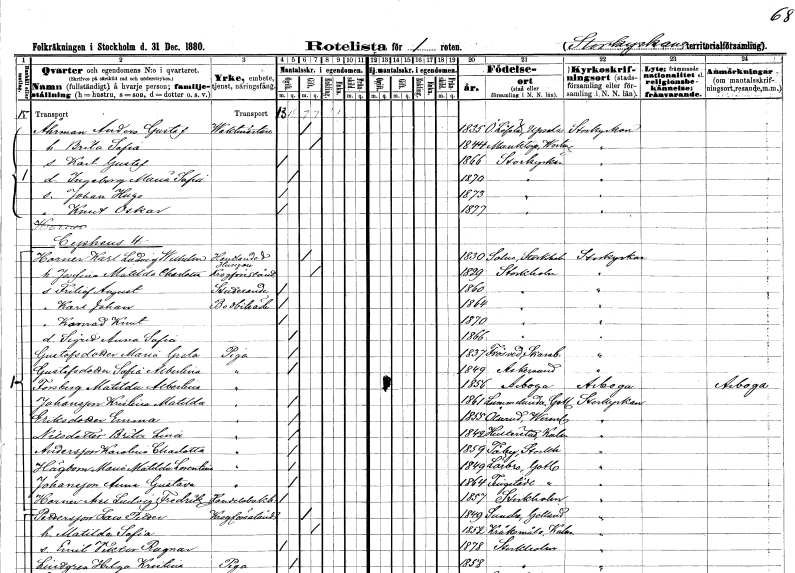
gt_parse: households: individuals: FN: Anders Gustaf
EN: Åhrman
YRKE: Vaktmästare
KON: M
CIV: G
FODAR: 1832
FODFORS: Österlövsta Uppsala län
FN: Brita Sofia
KON: K
CIV: G
FODAR: 1844
FODFORS: Munktorp Västmanlands län
FN: Karl Gustaf
KON: M
CIV: O
FODAR: 1866
FODFORS: Storkyrkoförsamlingen Stockholms stad
FN: Ingeborg Maria Sofia
KON: K
CIV: O
FODAR: 1870
FODFORS: Storkyrkoförsamlingen Stockholms stad
FN: Johan Hugo
KON: M
CIV: O
FODAR: 1873
FODFORS: Storkyrkoförsamlingen Stockholms stad
FN: Knut Oskar
KON: M
CIV: O
FODAR: 1877
FODFORS: Storkyrkoförsamlingen Stockholms stad
FN: Karl Ludvig Wilhelm
EN: Horner
YRKE: Handlande
KON: M
CIV: G
FODAR: 1830
FODFORS: Salem Skaraborgs län
FN: Josefina Matilda Charlotta
YRKE: Krogförestånderska
KON: K
CIV: G
FODAR: 1829
FODFORS: Stockholm
FN: Fritiof August
YRKE: Studerande
KON: M
CIV: O
FODAR: 1860
FODFORS: Stockholm
FN: Karl Johan
YRKE: Bodbiträde
KON: M
CIV: O
FODAR: 1864
FODFORS: Stockholm
FN: Konrad Knut
KON: M
CIV: O
FODAR: 1870
FODFORS: Stockholm
FN: Sigrid Anna Sofia
KON: K
CIV: O
FODAR: 1866
FODFORS: Stockholm
FN: Maria Greta
EN: Gustafsdotter
YRKE: Piga
KON: K
CIV: O
FODAR: 1837
FODFORS: Frösve Skaraborgs län
FN: Sofia Albertina
EN: Gustafsdotter
YRKE: Piga
KON: K
CIV: O
FODAR: 1849
FODFORS: Askersund Örebro län
FN: Matilda Albertina
EN: Forsberg
YRKE: Piga
KON: K
CIV: O
FODAR: 1856
FODFORS: Arboga Västmanlands län
FN: Kristina Matilda
EN: Johansson
YRKE: Piga
KON: K
CIV: O
FODAR: 1861
FODFORS: Lummelunda Gotlands län
FN: Emma
EN: Eriksdotter
YRKE: Piga
KON: K
CIV: O
FODAR: 1855
FODFORS: Ölserud Värmlands län
FN: Brita Lena
EN: Nilsdotter
YRKE: Piga
KON: K
CIV: O
FODAR: 1842
FODFORS: Hulterstad Kalmar län
FN: Karolina Charlotta
EN: Andersson
YRKE: Piga
KON: K
CIV: O
FODAR: 1859
FODFORS: Täby Stockholms län
FN: Maria Matilda Lorentina
EN: Högbom
YRKE: Piga
KON: K
CIV: O
FODAR: 1849
FODFORS: Lärbro Gotlands län
FN: Anna Gustava
EN: Johansson
YRKE: Piga
KON: K
CIV: O
FODAR: 1864
FODFORS: Tingstäde Gotlands län
FN: Axel Ludvig Fredrik
EN: Horner
YRKE: Handelsbokhållare
KON: M
CIV: O
FODAR: 1857
FODFORS: Stockholm